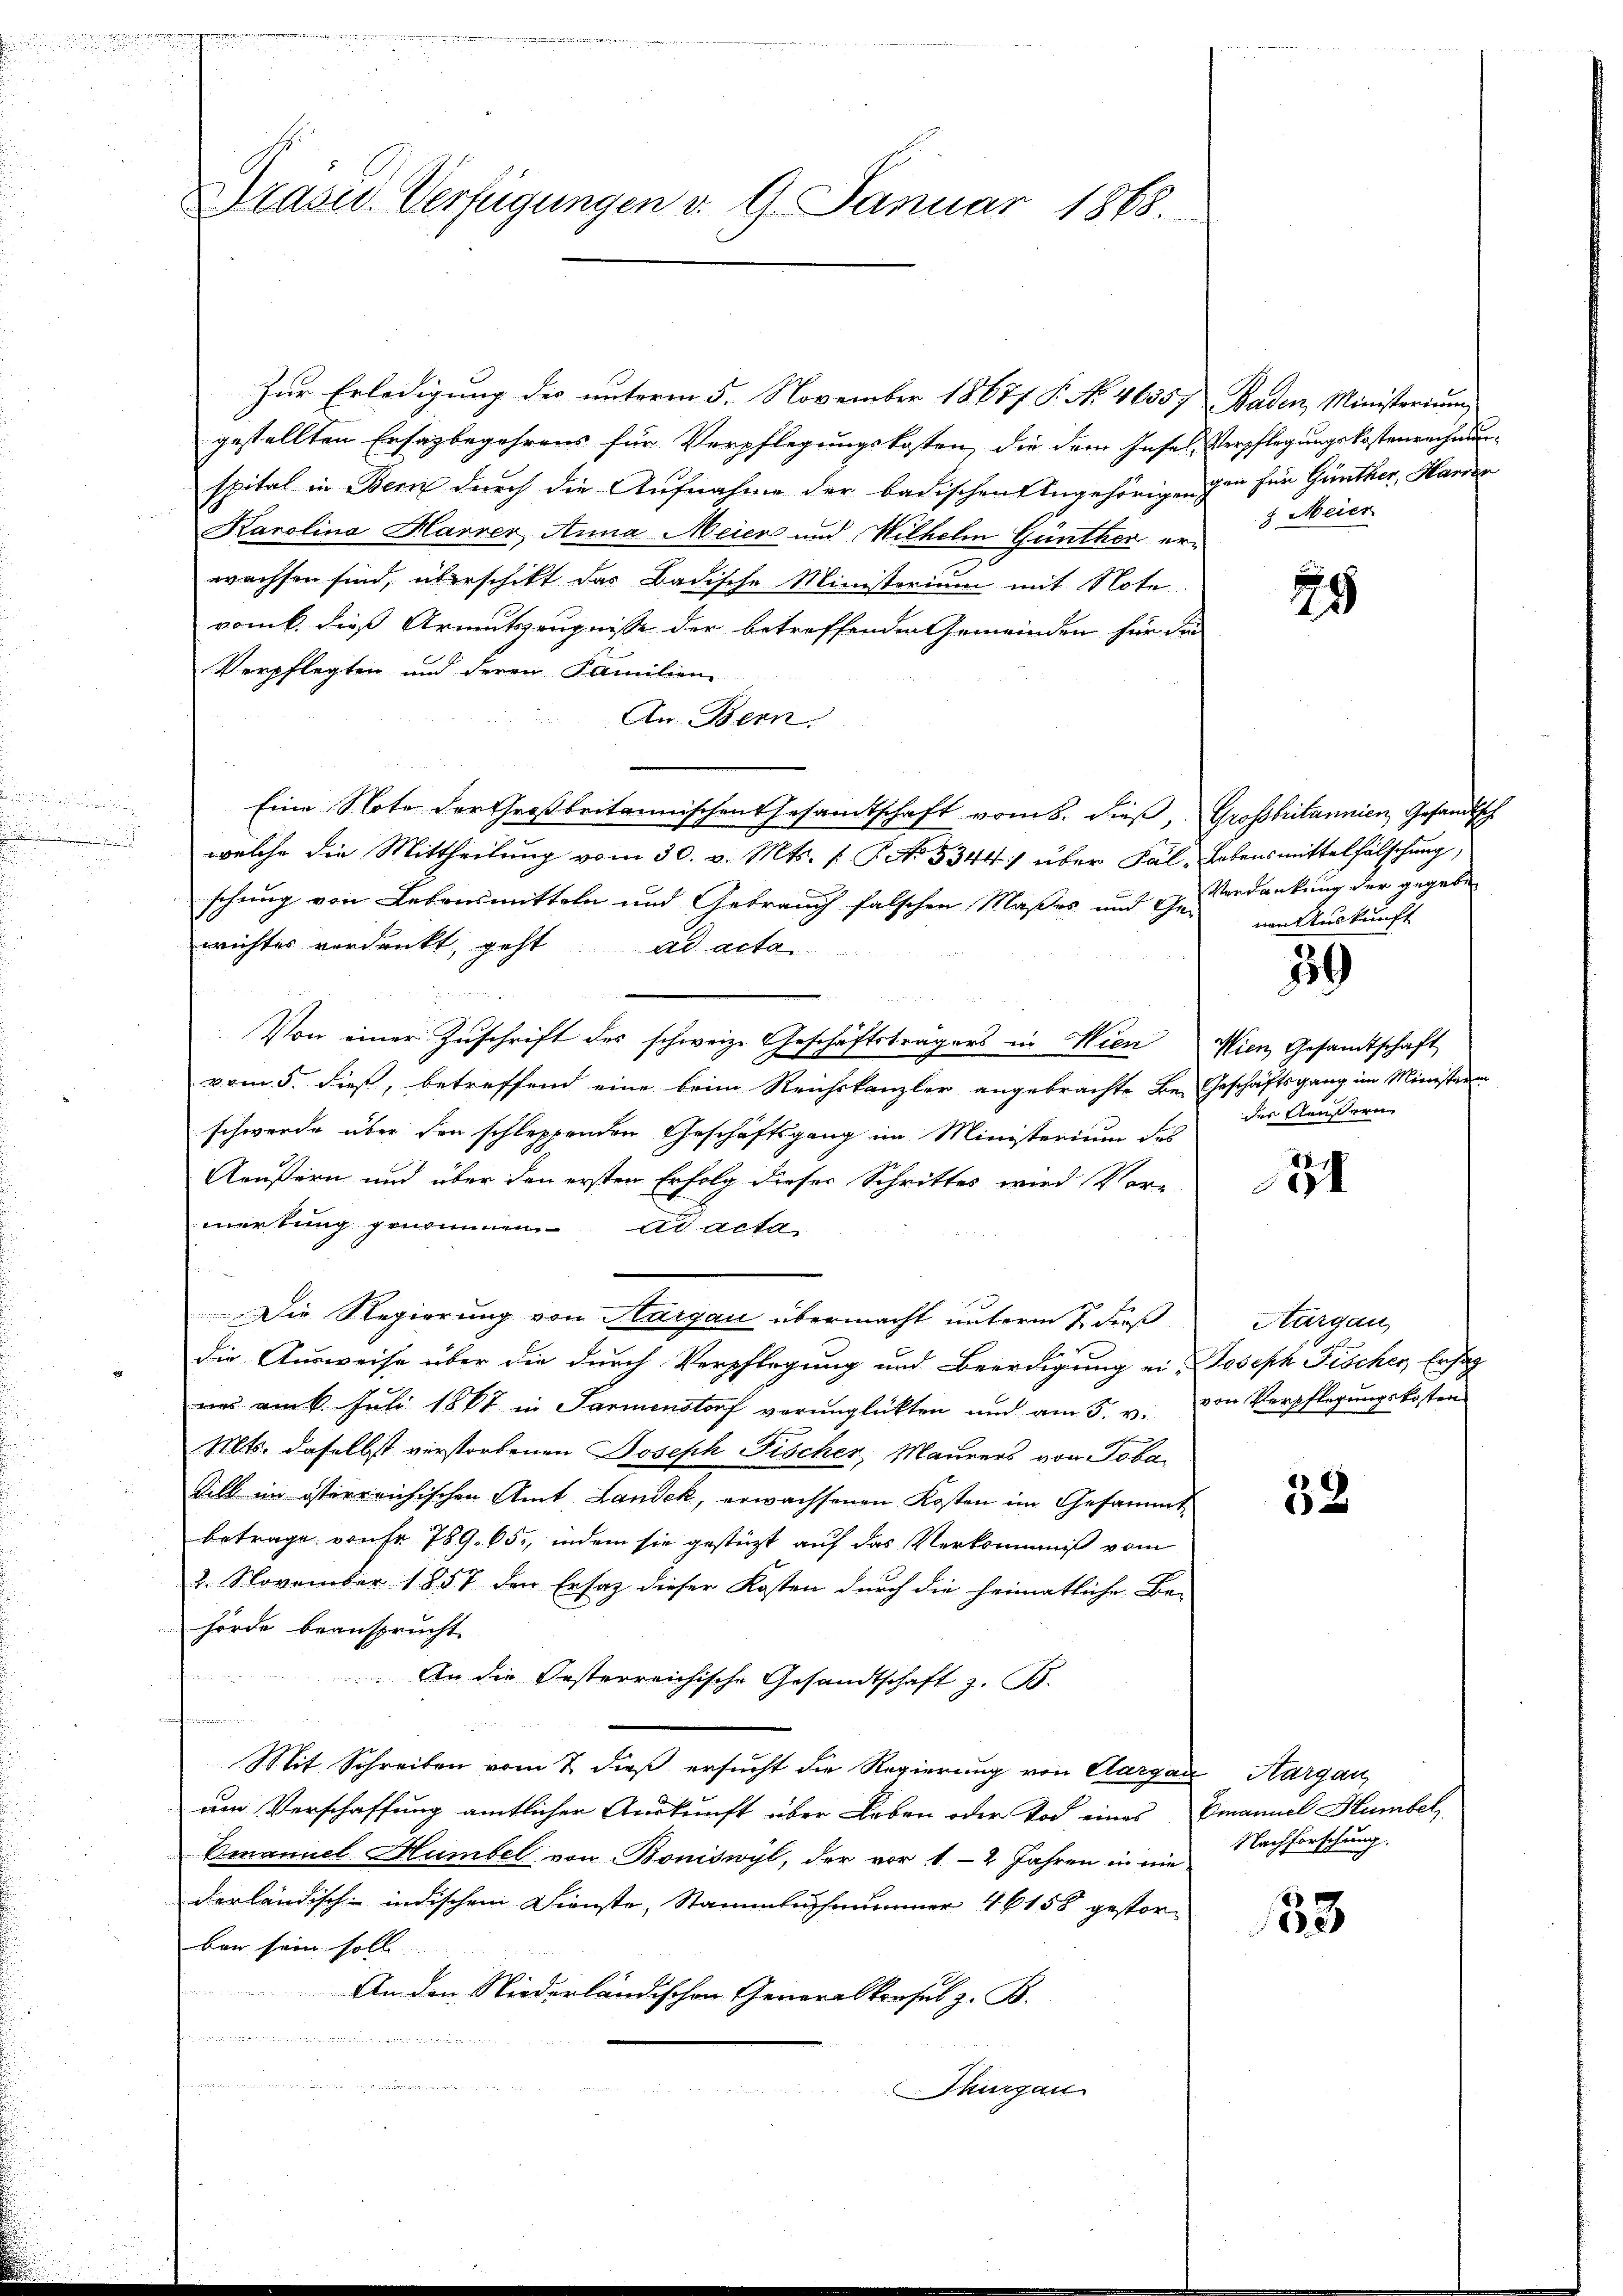
.

Präses Verfügungen v. 9. Januar 1868

Zur Erledigung des unterm 5. November 1867 P. N. 46357
gestellten Ersagbegehrens für Verpflegungskosten, die dem Insel-
spital in Bern durch die Aufnahme der badischen Angehörigen-
Karolina Harrer Anna Meier und Wilhelm Günther erwachsen sind, überschikt das Badische Ministerium mit Note
romb. dies Armutszeugnisse der betroffenden Gemeinden für die
Verpflegten und deren Familien-
An Bern.
Eine Note der Großbritannischen Gesamtschaft vom 8. dieß,
welche die Mittheilung vom 30. v. Mts. (T. No. 5344) über Fal-Lebensmittelfälschung,
schung von Lebensmitteln und Gebrauch falschen Maßes und Ge-
wichtes verdankt, geht ad acta

Von einer Zuschrift des schweiz. Geschäftsträgers in Wien
vom 5. dieß, betreffend eine beim Reichskanzler angebrachte Be- Geschäftsgang im Ministerin
schwerde über den schleppenden Geschäftsgang im Ministerium des
Aeußern und über den ersten Erfolg dieser Schrittes wird Vore
merkung genommen ad acta
dchen eine
Die Regierung von Aargau übermacht unterm 7. dieß

die Ausweise über die durch Verpflegung und Beerdigung ei-Joseph Fischer, Ersat
n am 6. Juli 1864 in Parmenstorf verunglückten und am 5. v. von Verpflegŭngskosten
Mts. daselbst verstorbenen Joseph Fischer, Maurers von Toba¬
Sill im österreichischen Amt Landek, erwachsenen Kosten im Gesammt
betrage wahr 789. 65, indem sie gestützt auf das Verkommniß vom
2. November 1857 den Ersatz dieser Kosten durch die heimatliche Be-
hörde beansprucht
An die Oesterreichische Gesandtschaft z. B.
femmen
Mit Schreiben vom 2. dieß ersucht die Regierung von Aargau, Aargau,
um Verschaffung amtlicher Auskunft über Leben oder Tod eines Emanuel Humbel
Emanuel Humbel von Boniswyl, der vor 12 Jahren in niederländisch-indischem Dienste, Stammbuchnummer 4 6158 gestorben sein soll. |
An den Niederländischen Generalkonsul z. B.
n u. sinne in einer von einen und erwärts einer eine seiner Wiedern einen in

Thurgau

Baden Ministerium
Verpflegungskostenrechnung
gen für Günther, Harrer
 Meier

28

Großbritannien, Gesandtsch
Verdankung der gegeben
nen Auskunft

59

Wien Gesandtschaft
der Aeussern

51

Aargau,

e

Nachforschung.

183